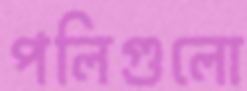
পলিগুলো